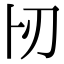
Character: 𠧓